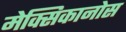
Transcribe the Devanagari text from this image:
मेक्सिकानोस